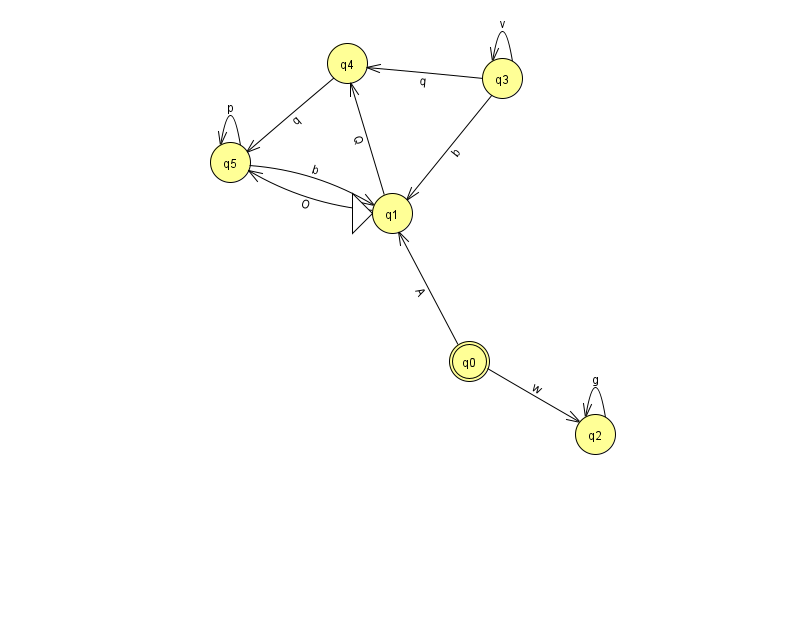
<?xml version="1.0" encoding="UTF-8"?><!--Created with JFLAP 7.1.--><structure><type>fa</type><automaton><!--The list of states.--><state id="0" name="q0"><x>469.0</x><y>348.0</y><final/></state><state id="1" name="q1"><x>392.0</x><y>200.0</y><initial/></state><state id="2" name="q2"><x>595.0</x><y>421.0</y></state><state id="3" name="q3"><x>502.0</x><y>65.0</y></state><state id="4" name="q4"><x>347.0</x><y>50.0</y></state><state id="5" name="q5"><x>230.0</x><y>149.0</y></state><!--The list of transitions.--><transition><from>5</from><to>5</to><read>p</read></transition><transition><from>0</from><to>2</to><read>w</read></transition><transition><from>3</from><to>1</to><read>b</read></transition><transition><from>1</from><to>4</to><read>Q</read></transition><transition><from>3</from><to>4</to><read>q</read></transition><transition><from>5</from><to>1</to><read>b</read></transition><transition><from>4</from><to>5</to><read>q</read></transition><transition><from>3</from><to>3</to><read>v</read></transition><transition><from>2</from><to>2</to><read>g</read></transition><transition><from>0</from><to>1</to><read>A</read></transition><transition><from>1</from><to>5</to><read>O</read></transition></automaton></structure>